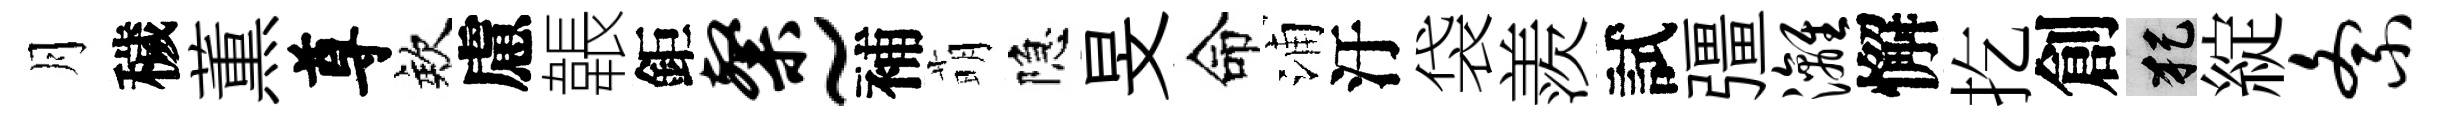
月穢薫尊欸慮韔鉅粲~補萌隐旻命浦汙袋羨試彊漓懈扢創犯綻紊